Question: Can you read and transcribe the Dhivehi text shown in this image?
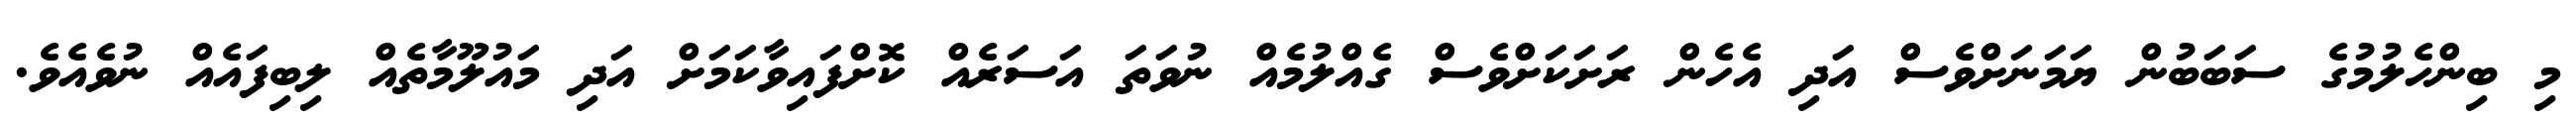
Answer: މި ބިންހެލުމުގެ ސަބަބުން ޔަމަނަށްވެސް އަދި އެހެން ރަށަކަށްވެސް ގެއްލުމެއް ނުވަތަ އަސަރެއް ކޮށްފައިވާކަމަށް އަދި މައުލޫމާތެއް ލިބިފައެއް ނުވެއެވެ.